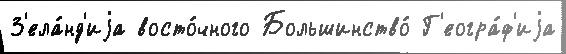
З'ела́нд'иjа восто́чного Большинство́ Г'еогра́ф'иjа